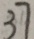
3 7